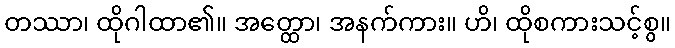
တဿာ၊ ထိုဂါထာ၏။ အတ္ထော၊ အနက်ကား။ ဟိ၊ ထိုစကားသင့်စွ။